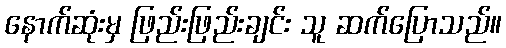
နောက်ဆုံးမှ ဖြည်းဖြည်းချင်း သူ ဆက်ပြောသည်။